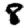
Digit: 8